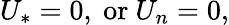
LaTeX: U_{*}=0,~\mathrm{or}~U_{n}=0,